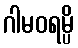
ဂါမဝရမ္ပိ